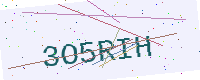
Text: 3O5RIH